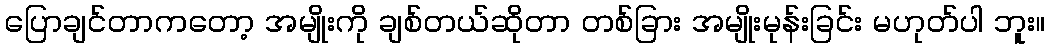
ပြောချင်တာကတော့ အမျိုးကို ချစ်တယ်ဆိုတာ တစ်ခြား အမျိုးမုန်းခြင်း မဟုတ်ပါ ဘူး။